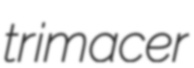
trimacer